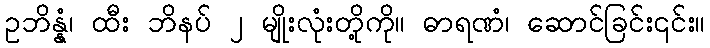
ဥဘိန္နံ၊ ထီး ဘိနပ် ၂ မျိုးလုံးတို့ကို။ ဓာရဏံ၊ ဆောင်ခြင်း၎င်း။